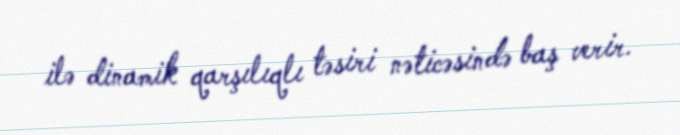
ilə dinamik qarşılıqlı təsiri nəticəsində baş verir.